Civil Veterinary Dept. North-West Frontier Province 1923-32 - 1923-1932
Year: 1923
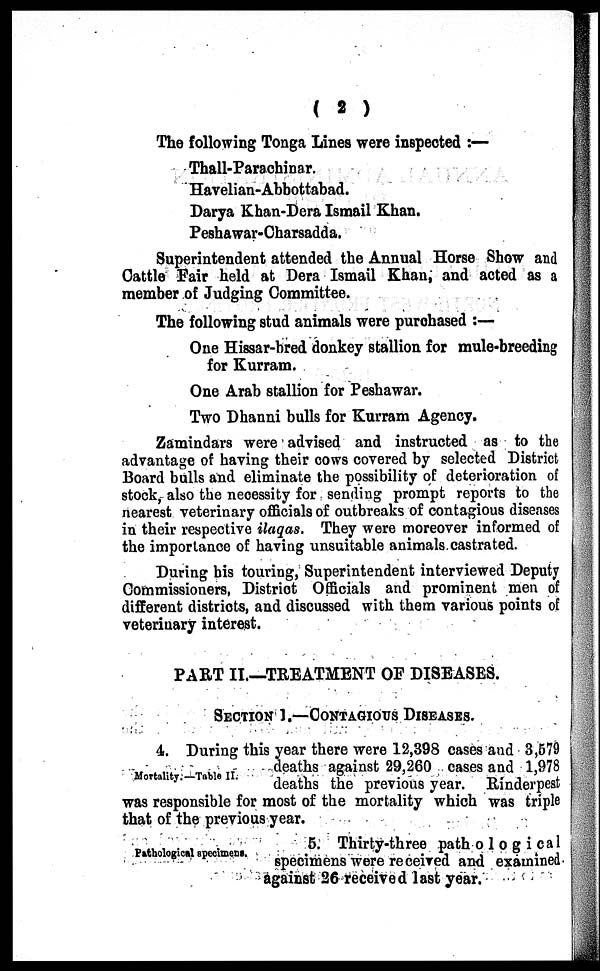
( 2 )
The following Tonga Lines were inspected:—
Thall-Parachinar.
Havelian-Abbottabad.
Darya Khan-Dera Ismail Khan.
Peshawar-Charsadda.
Superintendent attended the Annual Horse Show and
Cattle Fair held at Dera Ismail Khan, and acted as a
member of Judging Committee.
The following stud animals were purchased:—
One Hissar-bred donkey stallion for mule-breeding
for Kurram.
One Arab stallion for Peshawar.
Two Dhanni bulls for Kurram Agency.
Zamindars were advised and instructed as to the
advantage of having their cows covered by selected District
Board bulls and eliminate the possibility of deterioration of
stock, also the necessity for sending prompt reports to the
nearest veterinary officials of outbreaks of contagious diseases
in their respective ilaqas. They were moreover informed of
the importance of having unsuitable animals castrated.
During his touring, Superintendent interviewed Deputy
Commissioners, District Officials and prominent men of
different districts, and discussed with them various points of
veterinary interest.
PART II.—TREATMENT OF DISEASES.
SECTION 1.—CONTAGIOUS DISEASES.
Mortality.—Table II.
4. During this year there were 12,398 cases and 3,579
deaths against 29,260 cases and 1,978
deaths the previous year. Rinderpest
was responsible for most of the mortality which was triple
that of the previous year.
Pathological specimens.
5. Thirty-three pathological
specimens were received and examined
against 26 received last year.